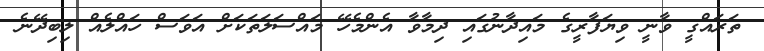
ތަރައްގީ ވާނީ ވިޔަފާރީގެ މައިދާނުގައި ދިމާވާ އެންމެހޭ މައްސަލަތަކަށް އަވަސް ހައްލެއް ލިބިދޭނެ